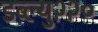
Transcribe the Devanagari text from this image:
डब्ल्यु२२०